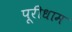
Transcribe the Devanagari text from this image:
पूरीधाम